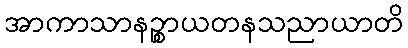
အာကာသာနဉ္စာယတနသညာယာတိ